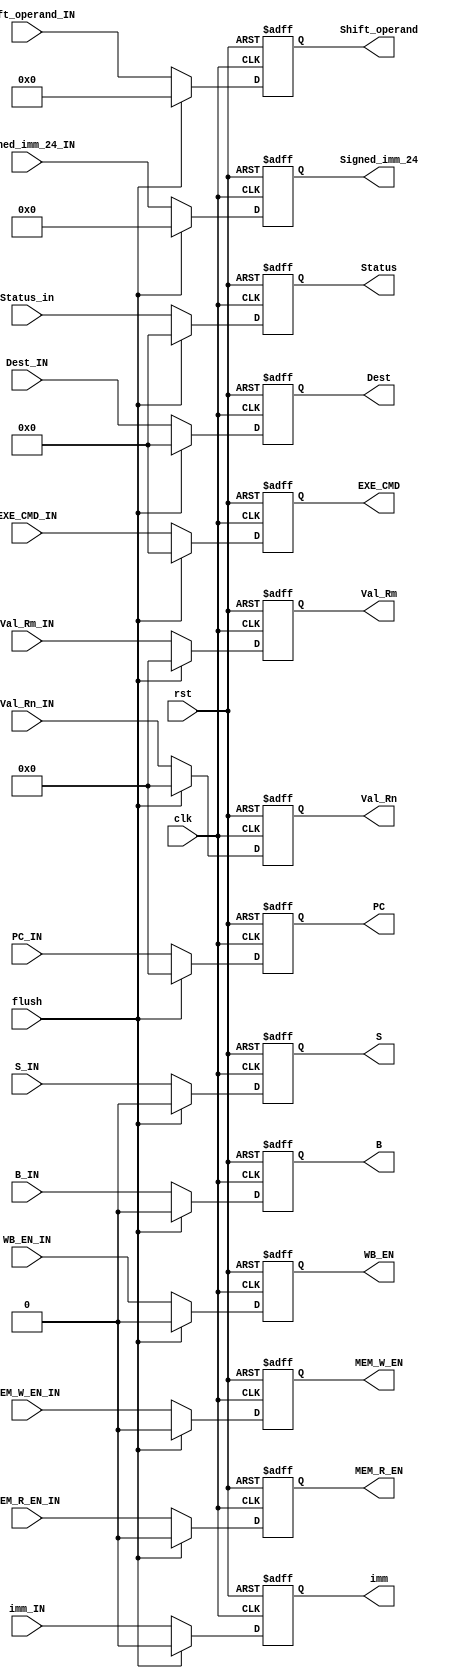
module ID_Stage_Reg(input clk , rst,flush,
                    input WB_EN_IN,MEM_R_EN_IN,MEM_W_EN_IN,B_IN,S_IN,
                    input [3:0] EXE_CMD_IN,
                    input [31:0] PC_IN,
                    input [31:0] Val_Rn_IN,Val_Rm_IN,
                    input imm_IN,
                    input [11:0] Shift_operand_IN,
                    input [23:0] Signed_imm_24_IN,
                    input [3:0] Dest_IN,
                    input [3:0] Status_in,

                    output reg WB_EN,MEM_R_EN,MEM_W_EN,B,S,
                    output reg [3:0] EXE_CMD,
                    output reg [31:0] PC,
                    output reg [31:0] Val_Rn,Val_Rm,
                    output reg imm,
                    output reg [11:0] Shift_operand,
                    output reg [23:0] Signed_imm_24,
                    output reg [3:0] Dest,
                    output reg [3:0] Status
                  );
  always @(posedge rst,posedge clk)
  begin
    if (rst) begin
      WB_EN<=0;MEM_R_EN<=0;MEM_W_EN<=0;B<=0;S <= 0;
      EXE_CMD <= 4'b0;
      PC      <= 32'b0;
		Val_Rn<=32'b0;
		Val_Rm <= 32'b0;
      imm <= 0 ;
      Shift_operand <= 12'b0;
      Signed_imm_24 <= 24'b0;
      Dest    <=  4'b0;
      Status <= 4'b0;
	 end
	 else if(flush)begin
		WB_EN<=0;MEM_R_EN<=0;MEM_W_EN<=0;B<=0;S <= 0;
      EXE_CMD <= 4'b0;
      PC      <= 32'b0;
		Val_Rn<=32'b0;
		Val_Rm <= 32'b0;
      imm <= 0 ;
      Shift_operand <= 12'b0;
      Signed_imm_24 <= 24'b0;
      Dest    <=  4'b0;
      Status <= 4'b0;
	 end
    else begin
                    WB_EN    <=  WB_EN_IN ;
                    MEM_R_EN <=  MEM_R_EN_IN;
                    MEM_W_EN <=  MEM_W_EN_IN;
                    B <= B_IN ;
                    S <= S_IN;
                    EXE_CMD <= EXE_CMD_IN;
                    PC      <= PC_IN;
                    Val_Rn <=Val_Rn_IN;
                    Val_Rm <=Val_Rm_IN;
                    imm <= imm_IN ;
                    Shift_operand <= Shift_operand_IN;
                    Signed_imm_24 <= Signed_imm_24_IN;
                    Dest    <=  Dest_IN;
                    Status <= Status_in;
    end
  end
endmodule